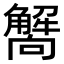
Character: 𧥁